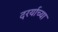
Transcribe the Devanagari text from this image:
दरर्याच्या